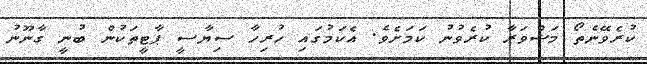
ކުރެވޭނެތޯ މަޝްވަރާ ކުރެވުނު ކަމަށެވެ. އެކަމުގައި ހުރިހާ ސިޔާސީ ޕާޓީތަކުން ބުނީ ގާނޫނު